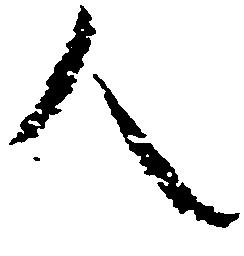
人